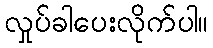
လှုပ်ခါပေးလိုက်ပါ။